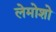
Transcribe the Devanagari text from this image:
लेमोशो